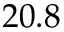
2 0 . 8